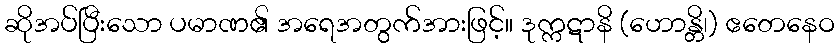
ဆိုအပ်ပြီးသော ပမာဏ၏ အရေအတွက်အားဖြင့်။ ဒုက္ကဋာနိ (ဟောန္တိ၊) ဧတေနေဝ